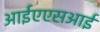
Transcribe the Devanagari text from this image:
आईएएसआई